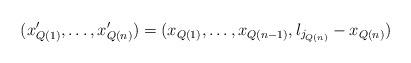
LaTeX: \begin{align*}(x_{Q(1)}',\dots,x_{Q(n)}')=(x_{Q(1)},\dots,x_{Q(n-1)},l_{j_{Q(n)}}-x_{Q(n)})\end{align*}